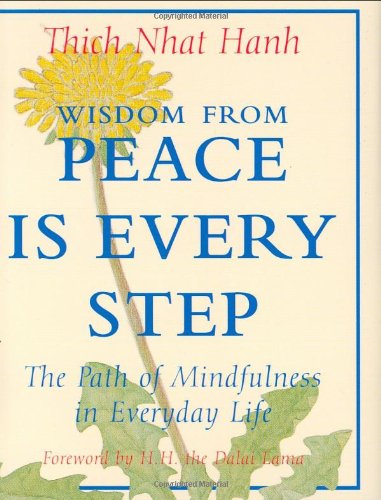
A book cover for Wisdom from Peace Is Every Step: The Path of Mindfulness in Everyday Life (Charming Petites); Thich Nhat Hanh; Religion & Spirituality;